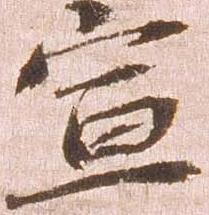
宣